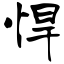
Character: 悍